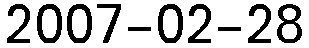
2007-02-28